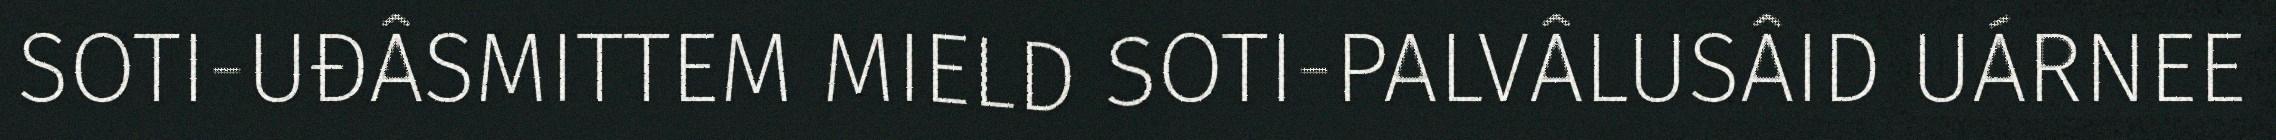
SOTI-UĐÂSMITTEM MIELD SOTI-PALVÂLUSÂID UÁRNEE